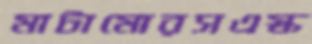
মাটামোরসএস্ক